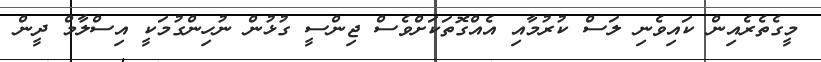
މީގެތެރެއިން ކައިވެނި ލަސް ކުރުމާއި އެއްގޮތަކަށްވެސް ޖިންސީ ގުޅުން ނުހިންގުމަކީ އިސްލާމް ދީން